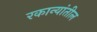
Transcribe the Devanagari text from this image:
रकान्यांतील